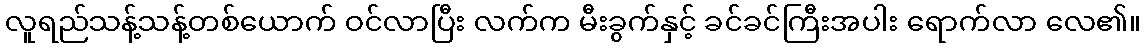
လူရည်သန့်သန့်တစ်ယောက် ဝင်လာပြီး လက်က မီးခွက်နှင့် ခင်ခင်ကြီးအပါး ရောက်လာ လေ၏။